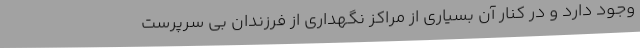
وجود دارد و در کنار آن بسیاری از مراکز نگهداری از فرزندان بی سرپرست